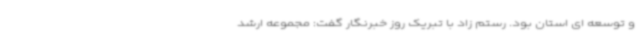
و توسعه ای استان بود. رستم زاد با تبریک روز خبرنگار گفت: مجموعه ارشد